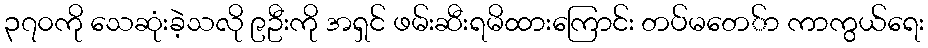
၃၇၀ကို သေဆုံးခဲ့သလို ၉ဦးကို အရှင် ဖမ်းဆီးရမိထားကြောင်း တပ်မတေ်ာ ကာကွယ်ရေး